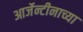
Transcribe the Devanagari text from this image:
आर्जेन्टीनाच्या